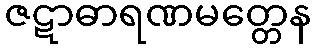
ဇဋာဓာရဏမတ္တေန